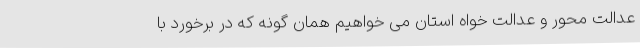
عدالت محور و عدالت خواه استان می خواهیم همان گونه که در برخورد با